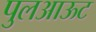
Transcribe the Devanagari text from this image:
पुलआऊट